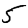
Digit: 5